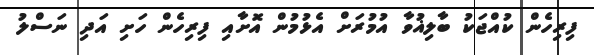
ފިރިހެން ކުއްޖަކު ބާލިޣުވާ އުމުރަށް އެޅުމުން އޮށާއި ފިރިހެން ހަށި އަދި ނަސްލު